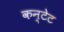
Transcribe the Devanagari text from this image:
कन्टेट